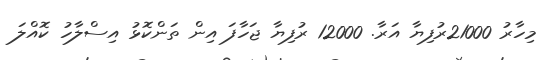
މިހާރު 21000ރުފިޔާ އަރާ. 12000 ރުފިޔާ ޖަހާފަ އިން ތަންކޮޅު އިސްލާހު ކޮއްލަ